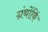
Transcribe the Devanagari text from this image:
ग्रंथोंकिं